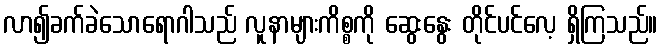
လာ၍ခက်ခဲသောရောဂါသည် လူနာများကိစ္စကို ဆွေးနွေး တိုင်ပင်လေ့ ရှိကြသည်။